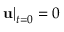
{ \left. { \bf { u } } \right| _ { t = 0 } } = 0